Report of an investigation into the causes of malaria in Bombay and the measures necessary for its control
Disease focus: Malaria
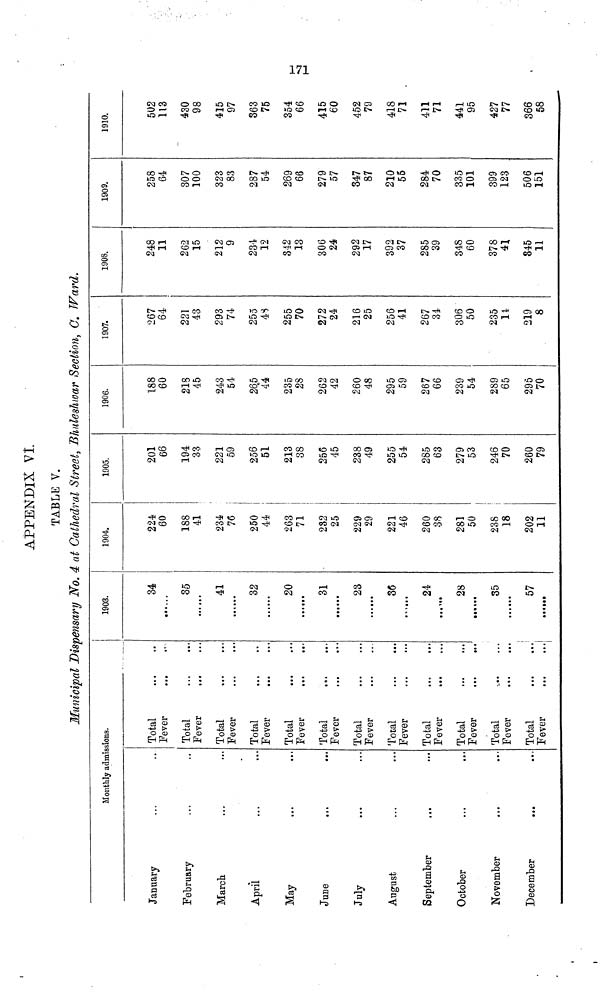
171
APPENDIX VI.
TABLE V.
Municipal Dispensary No. 4 at Cathedral Street, Bhuleshwar Section, G. Ward.
Monthly admissions.
January
February
March
April
IT
May
June
July
August
September
October
November
December
Total
Fever
...
Total
Fever
Total
Fever
Total
Fever
Total
Fever
Total
Fever
Total
Fever
Total
Fever
Total
Fever
Total
Fever
Total
Fever
Total
Fever
1903.
34
35
41
32
......
20
31
23
36
24
28
35
......
57
1904.
224
60
188
41
234
76
250
44
263
71
232
25
229
29
221
46
260
38
281
50
238
18
202
11
1905.
201
66
194
33
221
59
256
51
213
38
256
45
238
49
255
54
285
63
279
53
246
70
260
79
1906.
188
60
218
45
243
51
265
44
235
2S
262
42
260
48
295
59
267
66
239
54
289
65
295
70
1907.
267
64
221
43
293
74
255
48
255
70
272
24
216
25
256
41
267
34
306
50
235
14
219
8
1908.
248
11
262
15
212
9
234
12
342
13
306
24
292
17
392
37
285
39
348
60
378
41
345
11
1909.
258
64
307
100
323
83
287
54
269
66
279
57
347
87
210
55
284
70
335
101
399
123
506
151
1910.
502
113
430
98
415
97
363
75
354
66
415
60
452
79
418
71
411
71
441
95
427
77
366
58